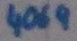
Text: 4069